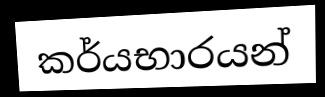
කර්යභාරයන්